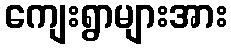
ကျေးရွာများအား